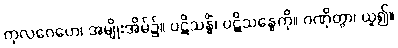
ကုလဂေဟေ၊ အမျိုးအိမ်၌။ ပဋိသန္ဓိံ၊ ပဋိသန္ဓေကို။ ဂဏှိတွာ၊ ယူ၍။